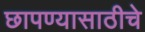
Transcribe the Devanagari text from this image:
छापण्यासाठीचे